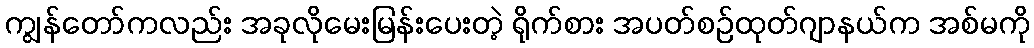
ကျွန်တော်ကလည်း အခုလိုမေးမြန်းပေးတဲ့ ရိုက်စား အပတ်စဉ်ထုတ်ဂျာနယ်က အစ်မကို